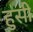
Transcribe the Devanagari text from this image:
हुसी